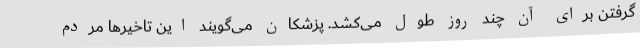
گرفتن برای آن چند روز طول می‌کشد. پزشکان می‌گویند این تاخیرها مردم